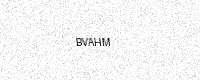
Text: BVAHM